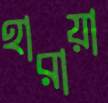
হারায়া